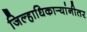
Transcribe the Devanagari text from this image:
जिल्हाधिकार्‍यांनीतर